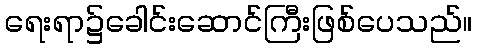
ရေးရာ၌ခေါင်းဆောင်ကြီးဖြစ်ပေသည်။